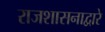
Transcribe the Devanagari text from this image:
राजशासनाद्वारे